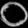
Digit: ၀